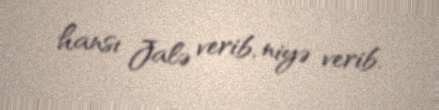
hansı Jalə verib, niyə verib.